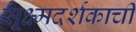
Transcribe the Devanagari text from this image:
सूक्ष्मदर्शकाची